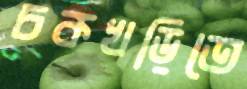
চকখড়িতে